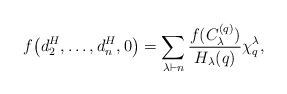
\begin{gather*}f\big(d_2^H,\ldots,d_n^H,0\big)= \sum_{\lambda \vdash n} \frac{f(C_{\lambda}^{(q)})}{H_{\lambda}(q)} \chi_{q}^{\lambda},\end{gather*}